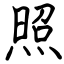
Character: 照